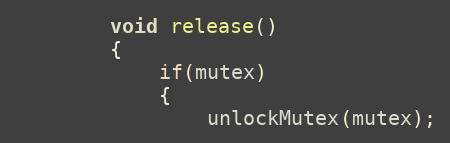
Language: C
		void release()
		{
			if(mutex)
			{
				unlockMutex(mutex);